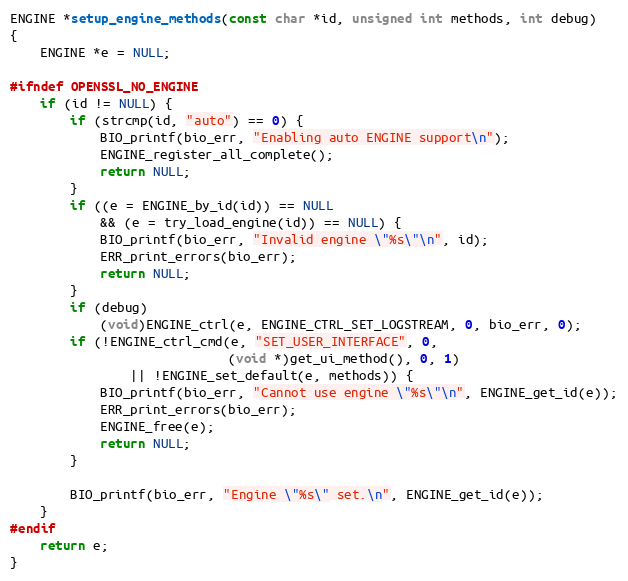
Language: C
ENGINE *setup_engine_methods(const char *id, unsigned int methods, int debug)
{
    ENGINE *e = NULL;

#ifndef OPENSSL_NO_ENGINE
    if (id != NULL) {
        if (strcmp(id, "auto") == 0) {
            BIO_printf(bio_err, "Enabling auto ENGINE support\n");
            ENGINE_register_all_complete();
            return NULL;
        }
        if ((e = ENGINE_by_id(id)) == NULL
            && (e = try_load_engine(id)) == NULL) {
            BIO_printf(bio_err, "Invalid engine \"%s\"\n", id);
            ERR_print_errors(bio_err);
            return NULL;
        }
        if (debug)
            (void)ENGINE_ctrl(e, ENGINE_CTRL_SET_LOGSTREAM, 0, bio_err, 0);
        if (!ENGINE_ctrl_cmd(e, "SET_USER_INTERFACE", 0,
                             (void *)get_ui_method(), 0, 1)
                || !ENGINE_set_default(e, methods)) {
            BIO_printf(bio_err, "Cannot use engine \"%s\"\n", ENGINE_get_id(e));
            ERR_print_errors(bio_err);
            ENGINE_free(e);
            return NULL;
        }

        BIO_printf(bio_err, "Engine \"%s\" set.\n", ENGINE_get_id(e));
    }
#endif
    return e;
}